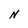
Character: N